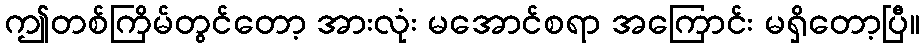
ဤတစ်ကြိမ်တွင်တော့ အားလုံး မအောင်စရာ အကြောင်း မရှိတော့ပြီ။